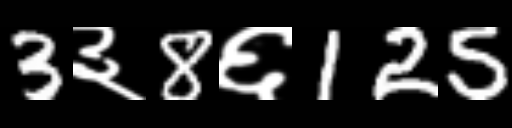
Text: 3३8६125